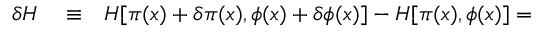
\begin{array} { r l r } { \delta H } & { { } \equiv } & { H [ \pi ( x ) + \delta \pi ( x ) , \phi ( x ) + \delta \phi ( x ) ] - H [ \pi ( x ) , \phi ( x ) ] = } \end{array}